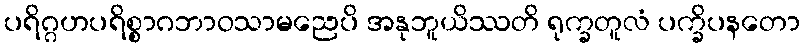
ပရိဂ္ဂဟပရိစ္စာဂဘာဝသာမညေပိ အနုဘူယိဿတိ ရုက္ခတူလံ ပက္ခိပနတော